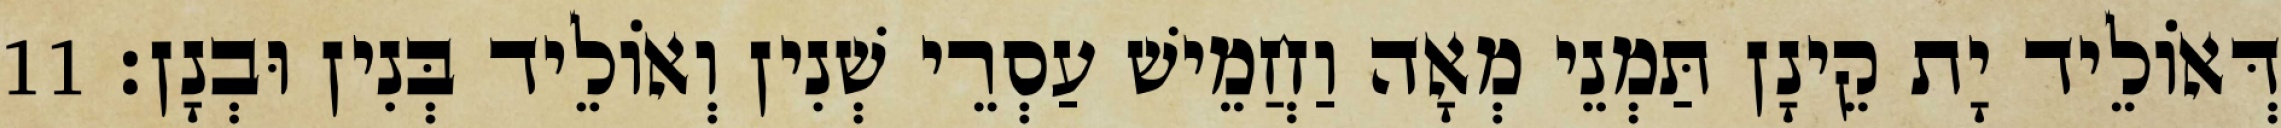
דְּאוֹלֵיד יָת קֵינָן תַּמְנֵי מְאָה וַחֲמֵישׁ עַסְרֵי שְׁנִין וְאוֹלֵיד בְּנִין וּבְנָן׃ 11